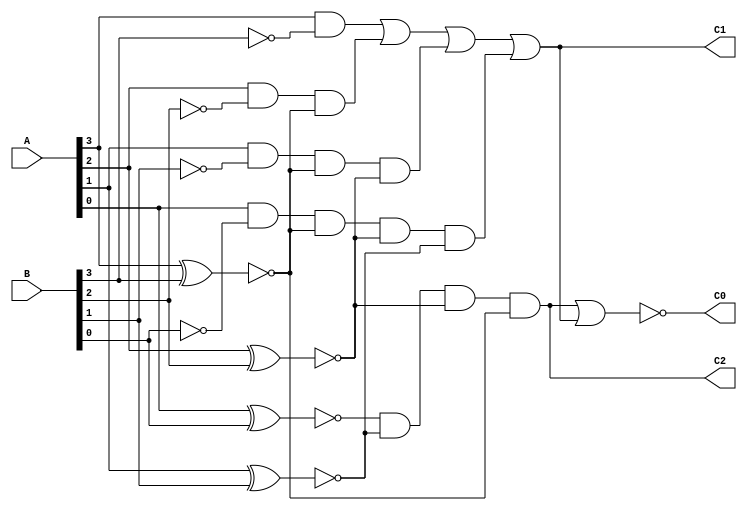
module comparator(A,B,C2,C1,C0);

   output C2,C1,C0;                 // C2= (A=B),  C1= (A>B), C0= (A<B)
   input [3:0]A;
   input [3:0]B;   
   wire x0,x1,x2,x3,w4;

   xnor(x0,A[0],B[0]);       
   xnor(x1,A[1],B[1]);
   xnor(x2,A[2],B[2]);
   xnor(x3,A[3],B[3]);

   and(C2,x0,x1,x2,x3);   // C2= x0x1x2x3
   
   not(w4,B[3]);         // w4=B3'
   and(w5,A[3],w4);      // w5=A3w4
   not(w6,B[2]);         // w6=B2'
   and(w7,A[2],w6,x3);   // w7=A2w6x3
   not(w8,B[1]);         // w8=B1'
   and(w9,A[1],w8,x3,x2); // w9=A1w8x3x2
   not(w10,B[0]);         // w10=B0'
   and(w11,A[0],w10,x3,x2,x1);  //w11=A0w10x3x2x1
   or(C1,w5,w7,w9,w11);       // C1=w5w7w9w11

   nor(C0,C2,C1);            // C0= ~(C2 | C1)
endmodule